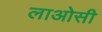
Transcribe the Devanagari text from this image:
लाओसी